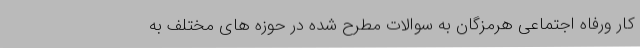
کار ورفاه اجتماعی هرمزگان به سوالات مطرح شده در حوزه های مختلف به